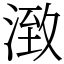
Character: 㴛